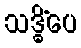
သဒ္ဓိံပေ